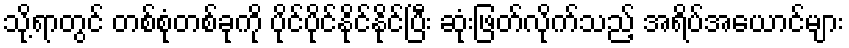
သို့ရာတွင် တစ်စုံတစ်ခုကို ပိုင်ပိုင်နိုင်နိုင်ပြီး ဆုံးဖြတ်လိုက်သည့် အရိပ်အယောင်များ